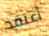
أعتقد